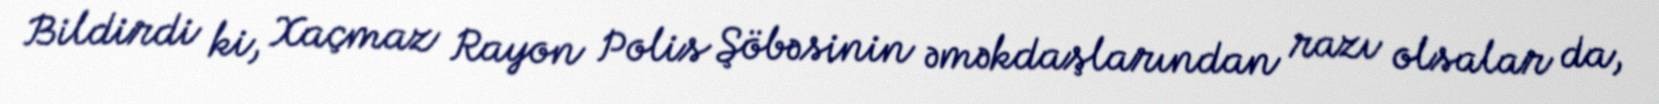
Bildirdi ki, Xaçmaz Rayon Polis Şöbəsinin əməkdaşlarından razı olsalar da,